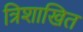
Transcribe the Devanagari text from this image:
त्रिशाखित